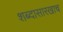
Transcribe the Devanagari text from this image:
शब्दासारखाच